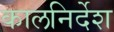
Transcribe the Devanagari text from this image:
कालनिर्देश